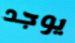
يوجد